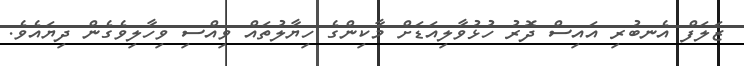
ޒަަލަފް އެނބުރި އައިސް ދޮރު ހުޅުވާލިއަޑަށް މާކިންގެ ހިޔާލުތައް ވިއްސި ވިހާލިވެގެން ދިޔައެވެ.